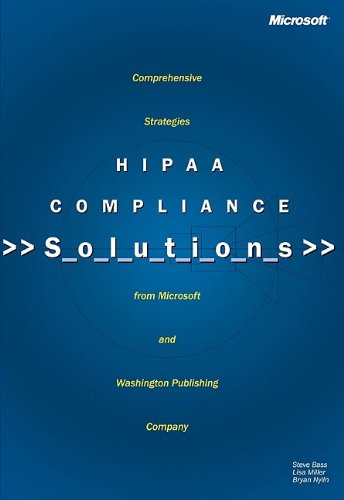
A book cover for Hipaa Compliance Solutions; Steve Bass; Medical Books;